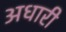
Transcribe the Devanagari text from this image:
अधारी